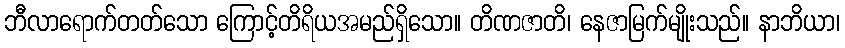
ဘီလာရောက်တတ်သော ကြောင့်တိရိယအမည်ရှိသော။ တိဏဇာတိ၊ နေဇာမြက်မျိုးသည်။ နာဘိယာ၊